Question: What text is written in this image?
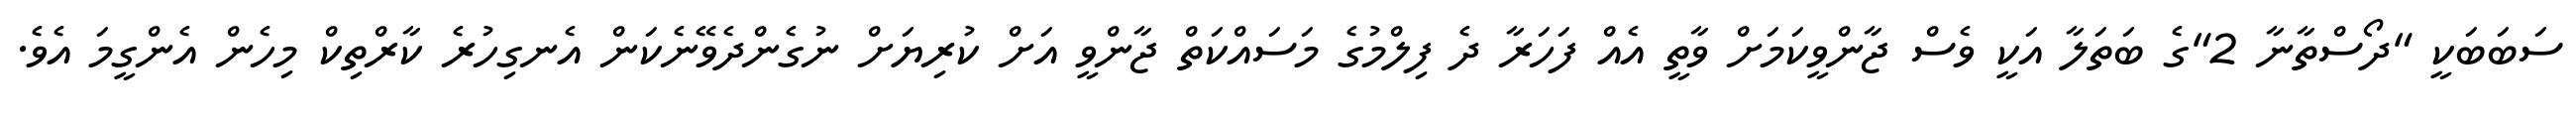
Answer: ސަބަބަކީ "ދޯސްތާނާ 2"ގެ ބަތަލާ އަކީ ވެސް ޖާންވީކަމަށް ވާތީ އެއް ފަހަރާ ދެ ފިލްމުގެ މަސައްކަތް ޖާންވީ އަށް ކުރިޔަށް ނުގެންދެވޭނެކަން އެނގިހުރެ ކާރްތިކް މިހެން އެންގީމަ އެވެ.